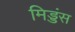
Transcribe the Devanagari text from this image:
मिड्डंस